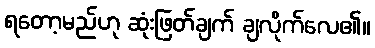
ရတော့မည်ဟု ဆုံးဖြတ်ချက် ချလိုက်လေ၏။